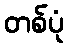
တစ်ပုံ